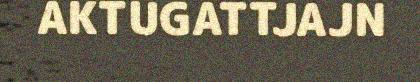
AKTUGATTJAJN